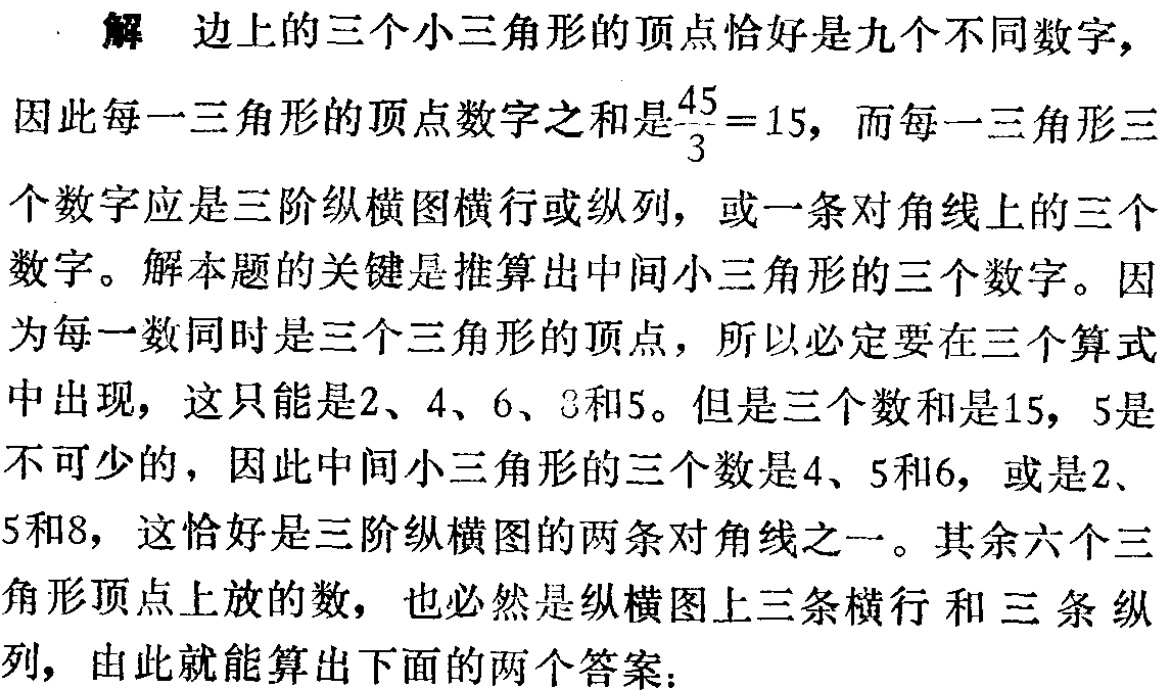
解 边上的三个小三角形的顶点恰好是九个不同数字, 因此每一三角形的顶点数字之和是$\frac{45}{3}=15$, 而每一三角形三个数字应是三阶纵横图横行或纵列, 或一条对角线上的三个数字。解本题的关键是推算出中间小三角形的三个数字。因为每一数同时是三个三角形的顶点, 所以必定要在三个算式中出现, 这只能是2、4、6、8和5。但是三个数和是15, 5是  不可少的, 因此中间小三角形的三个数是4、5和6, 或是2、 5和8, 这恰好是三阶纵横图的两条对角线之一。其余六个三角形顶点上放的数, 也必然是纵横图上三条横行和三条纵 列, 由此就能算出下面的两个答案：